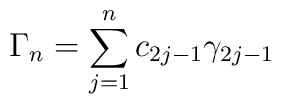
\Gamma_n = \sum_{j=1}^{n} c_{2j-1} \gamma_{2j - 1}